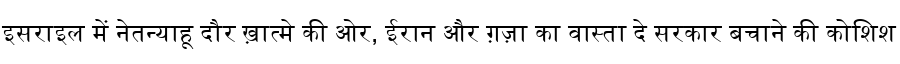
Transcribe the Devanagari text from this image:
इसराइल में नेतन्याहू दौर ख़ात्मे की ओर, ईरान और ग़ज़ा का वास्ता दे सरकार बचाने की कोशिश